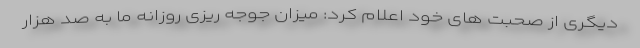
دیگری از صحبت های خود اعلام کرد: میزان جوجه ریزی روزانه ما به صد هزار